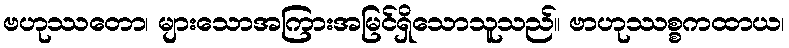
ဗဟုဿတော၊ များသောအကြားအမြင်ရှိသောသူသည်။ ဗာဟုဿစ္စကထာယ၊